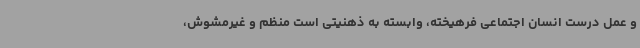
و عمل درست انسان اجتماعی فرهیخته، وابسته به ذهنیتی است منظم و غیرمشوش،